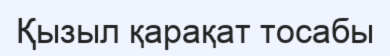
Қызыл қарақат тосабы